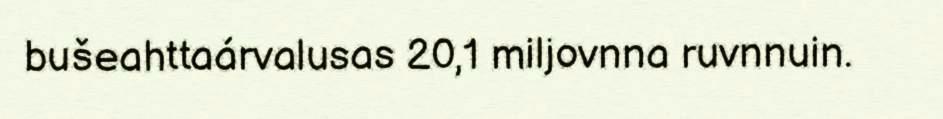
bušeahttaárvalusas 20,1 miljovnna ruvnnuin.